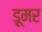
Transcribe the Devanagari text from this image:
डूमर